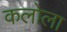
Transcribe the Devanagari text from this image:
कलोला